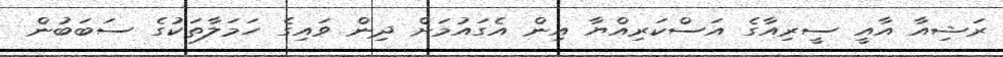
ރަޝިއާ އާއީ ސީރިއާގެ އަސްކަރިއްޔާ އިން އެގައުމަށް ދިން ވައިގެ ހަމަލާތަކުގެ ސަބަބުން